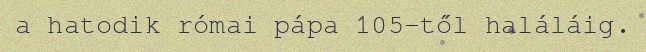
a hatodik római pápa 105-től haláláig.